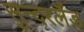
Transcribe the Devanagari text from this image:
सुन्दरलैंड